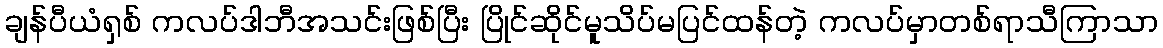
ချန်ပီယံရှစ် ကလပ်ဒါဘီအသင်းဖြစ်ပြီး ပြိုင်ဆိုင်မူသိပ်မပြင်ထန်တဲ့ ကလပ်မှာတစ်ရာသီကြာသာ